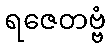
ရဇေတဗ္ဗံ